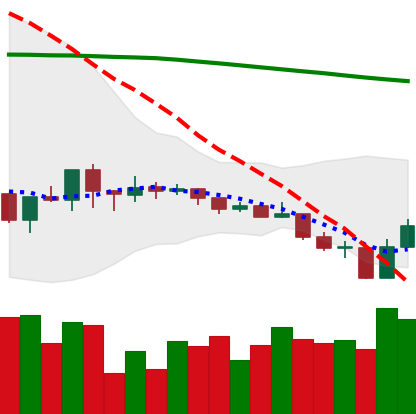
Ticker: ADA-USD
Chart end date: 2019-08-11
Forward return: -14.805%
Label: down_7plus